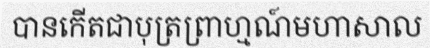
បានកើតជាបុត្រព្រាហ្មណ៍មហាសាល